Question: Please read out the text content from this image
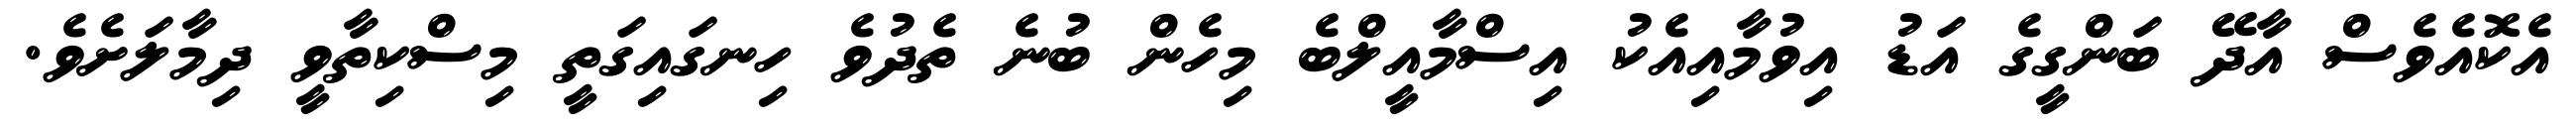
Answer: އެކޮއެވެސް އާދޭ ބަންގީގެ އަޑު އިވުމާއިއެކު އިސްމާއީލްބެ މިހެން ބުނެ ތެދުވެ ހިނގައިގަތީ މިސްކިތާވީ ދިމާލަށެވެ.